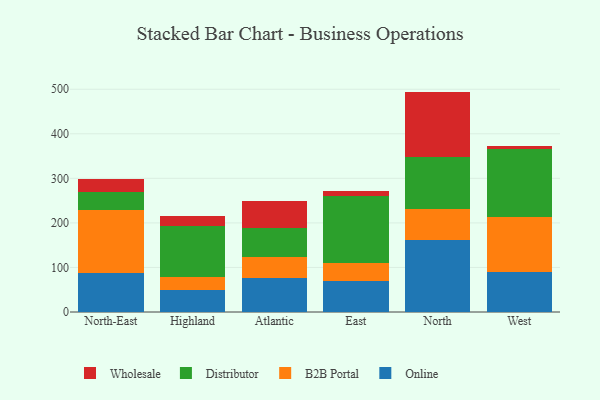
{"axis": {"x": "Region", "y": "Inventory Turnover"}, "legend": ["B2B Portal", "Distributor", "Online", "Wholesale"], "data": [{"x": "North-East", "y": 87.9, "type": "Online"}, {"x": "North-East", "y": 141.5, "type": "B2B Portal"}, {"x": "North-East", "y": 40.7, "type": "Distributor"}, {"x": "North-East", "y": 29.3, "type": "Wholesale"}, {"x": "Highland", "y": 48.8, "type": "Online"}, {"x": "Highland", "y": 28.8, "type": "B2B Portal"}, {"x": "Highland", "y": 115.0, "type": "Distributor"}, {"x": "Highland", "y": 23.7, "type": "Wholesale"}, {"x": "Atlantic", "y": 77.0, "type": "Online"}, {"x": "Atlantic", "y": 46.7, "type": "B2B Portal"}, {"x": "Atlantic", "y": 63.9, "type": "Distributor"}, {"x": "Atlantic", "y": 61.0, "type": "Wholesale"}, {"x": "East", "y": 69.7, "type": "Online"}, {"x": "East", "y": 41.3, "type": "B2B Portal"}, {"x": "East", "y": 148.8, "type": "Distributor"}, {"x": "East", "y": 12.0, "type": "Wholesale"}, {"x": "North", "y": 161.1, "type": "Online"}, {"x": "North", "y": 69.2, "type": "B2B Portal"}, {"x": "North", "y": 116.6, "type": "Distributor"}, {"x": "North", "y": 147.8, "type": "Wholesale"}, {"x": "West", "y": 90.7, "type": "Online"}, {"x": "West", "y": 123.5, "type": "B2B Portal"}, {"x": "West", "y": 152.6, "type": "Distributor"}, {"x": "West", "y": 6.7, "type": "Wholesale"}]}